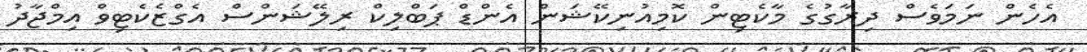
އެހެން ނަމަވެސް ދިރާގުގެ މާކެޓިން ކޮމިއުނިކޭޝަން އެންޑް ޕަބްލިކް ރިލޭޝަންސް އެގްޒެކެޓިވް އިމްޖާދު